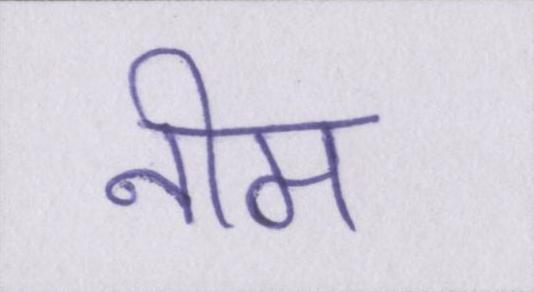
नीम